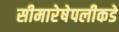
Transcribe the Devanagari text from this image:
सीमारेषेपलीकडे